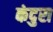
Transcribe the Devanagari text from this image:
कंदुरा